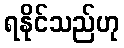
ရနိုင်သည်ဟု